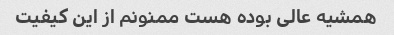
همشیه عالی بوده هست ممنونم از این کیفیت